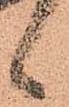
候